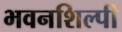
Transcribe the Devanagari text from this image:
भवनशिल्पी